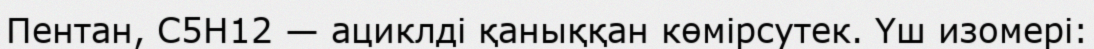
Пентан, C5H12 — ациклді қаныққан көмірсутек. Үш изомері: